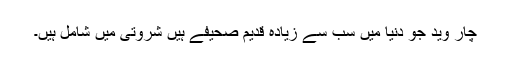
چار وید جو دنیا میں سب سے زیادہ قدیم صحیفے ہیں شروتی میں شامل ہیں۔